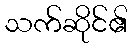
သက်ဆိုင်၏